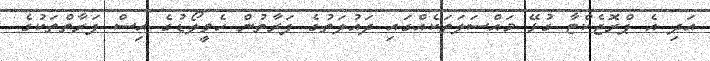
އަދި އެ ޕްރޮޖެކްޓާ ގުޅޭ މައްސަލަތަކެއްގައި ދައުލަތުގެ ފަރާތުން ހެވީލޯޑުގެ އިސް ފަރާތްތަކުގެ